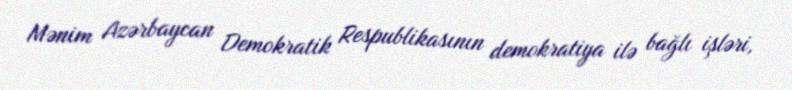
Mənim Azərbaycan Demokratik Respublikasının demokratiya ilə bağlı işləri,